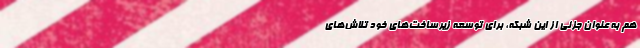
هم به عنوان جزئی از این شبکه، برای توسعه زیرساخت‌های خود تلاش‌های